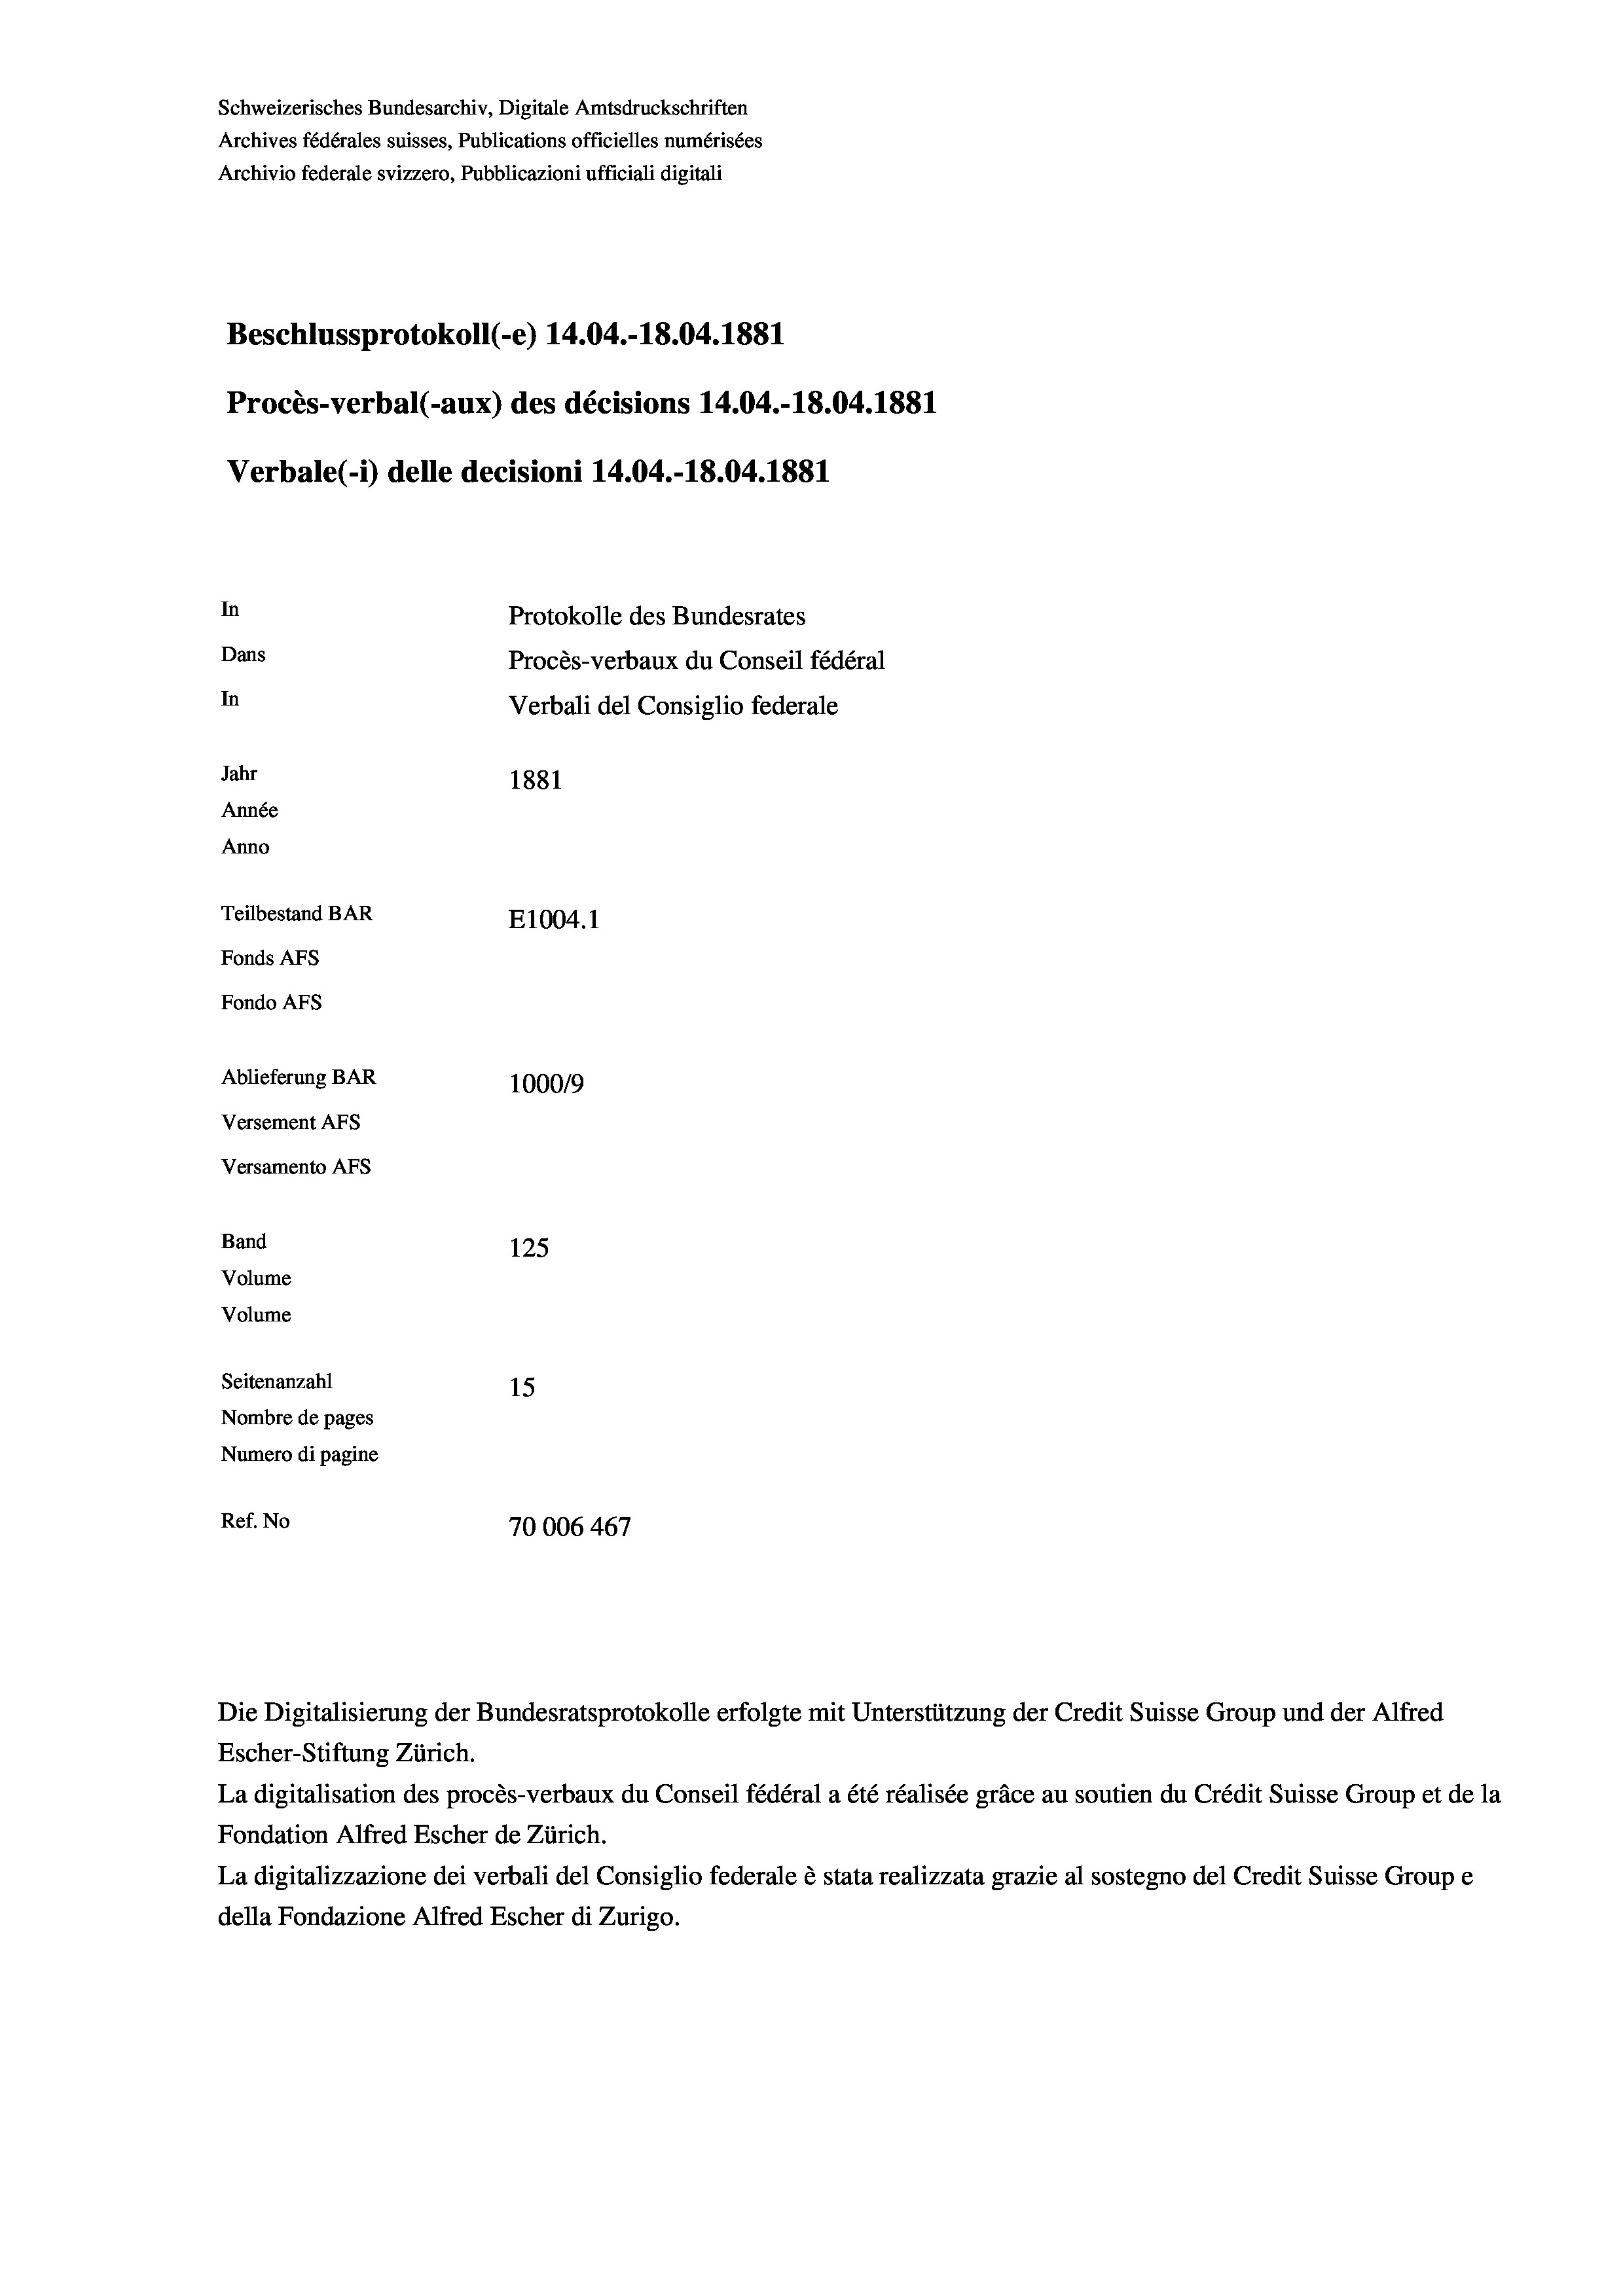
Schweizerisches Bundesarchiv, Digitale Amtsdruckschriften
Archives fédérales suisses, Publications officielles numérisées
Archivio federale svizzero, Pubblicazioni ufficiali digitali
Beschlussprotokoll (-e) 14.04.-18.04. 1881
Procès-verbal (-aux) des décisions 14.04.-18.04. 1881
Verbale (-*) delle decisioni 14.04.-18.04. 1881
In
Protokolle des Bundesrates
Dans
Procès-verbaux du Conseil fédéral
In
Verbali del Consiglio federale
Jahr
1881
Année
Anno
Teilbestand BAR
E1004. 1
Fonds AFs
Fondo Afs
Ablieferung BAR
10009
Versement AFs
Versamento Afs
Band
125
Volume
Volume
Seitenanzahl
15
Nombre de pages
Numero di pagine
Ref. No
70006 467

Die Digitalisierung der Bundesratsprotokolle erfolgte mit Unterstützung der Credit Suisse Group und der Alfred
Escher-Stiftung Zürich.
La digitalisation des procès-verbaux du Conseil fédéral a été réalisée gräce au soutien du Crédit Suisse Group et de la
Fondation Alfred Escher de Zürich.
La digitalizzazione dei verbali del Consiglio federale è stata realizzata grazie al sostegno del Credit Suisse Groupe
della Fondazione Alfred Escher di Zurigo.